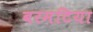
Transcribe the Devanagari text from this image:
बरमटिया